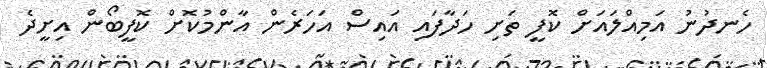
ހެނދުނު އަމިއްލައަށް ކޮފީ ތަށި ހަދާފައި އައިސް އަހަރެން އާންމުކޮށް ކޮފީބޯން އިށީދެ